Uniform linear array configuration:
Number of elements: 8
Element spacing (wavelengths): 0.25
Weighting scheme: binomial
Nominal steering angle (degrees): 0
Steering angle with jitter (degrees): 1.784
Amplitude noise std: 0.05
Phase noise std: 0.05

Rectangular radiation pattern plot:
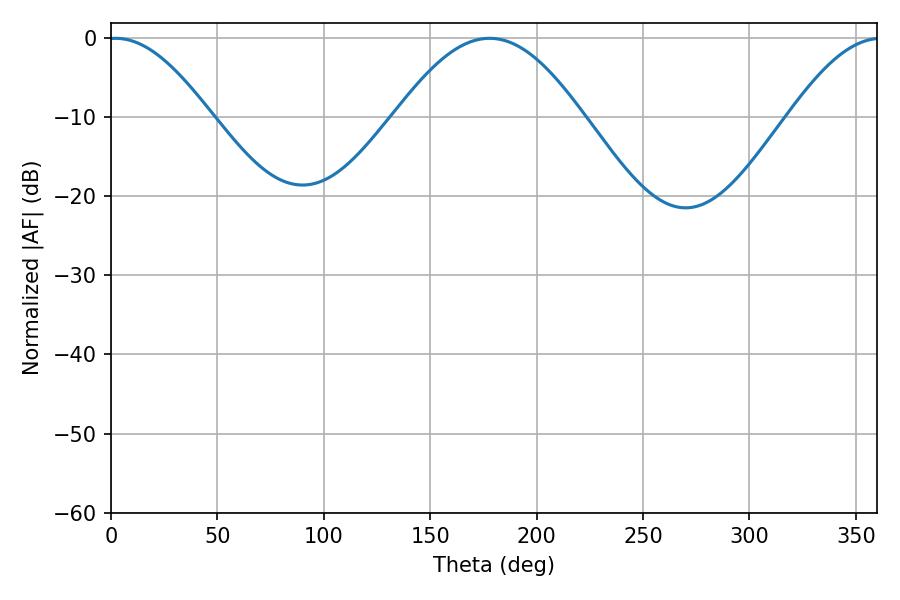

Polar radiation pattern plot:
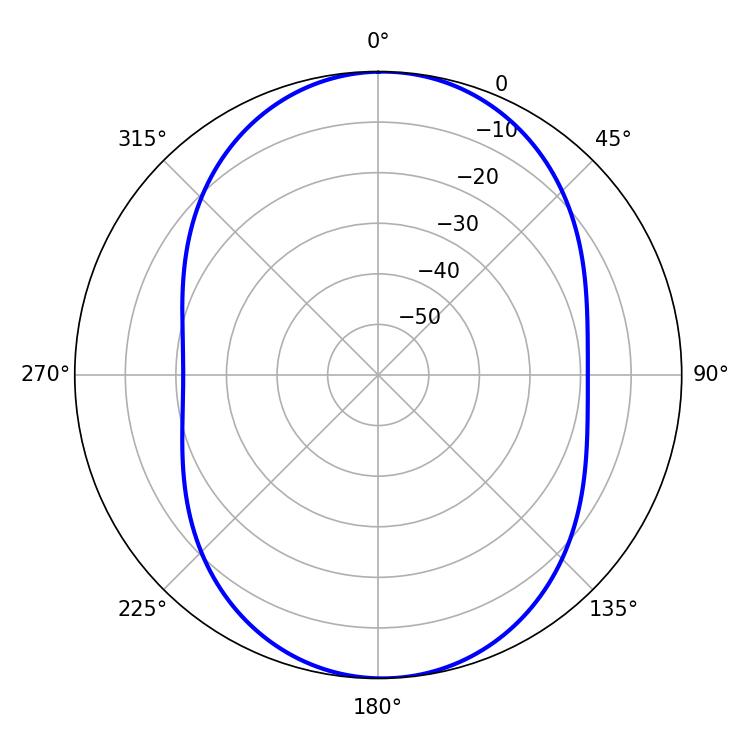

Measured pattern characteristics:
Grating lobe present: FALSE
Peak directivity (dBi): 14.118
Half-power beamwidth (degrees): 25.92
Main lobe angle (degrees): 2.16